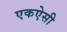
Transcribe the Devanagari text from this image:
एकऐसी